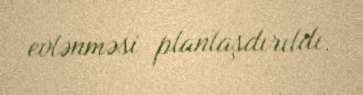
evlənməsi planlaşdırıldı.